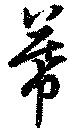
幕